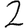
Digit: 2